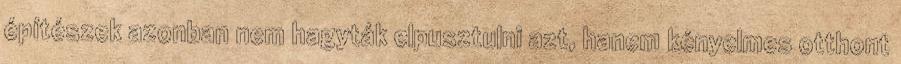
építészek azonban nem hagyták elpusztulni azt, hanem kényelmes otthont